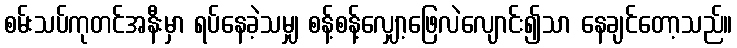
စမ်းသပ်ကုတင်အနီးမှာ ရပ်နေခဲ့သမျှ စန့်စန့်လျှော့ဖြေလဲလျောင်း၍သာ နေချင်တော့သည်။